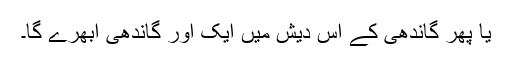
یا پھر گاندھی کے اس دیش میں ایک اور گاندھی ابھرے گا۔